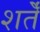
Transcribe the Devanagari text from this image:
शर्तेँ